kultuurilooline_kollektsioon, lk 22
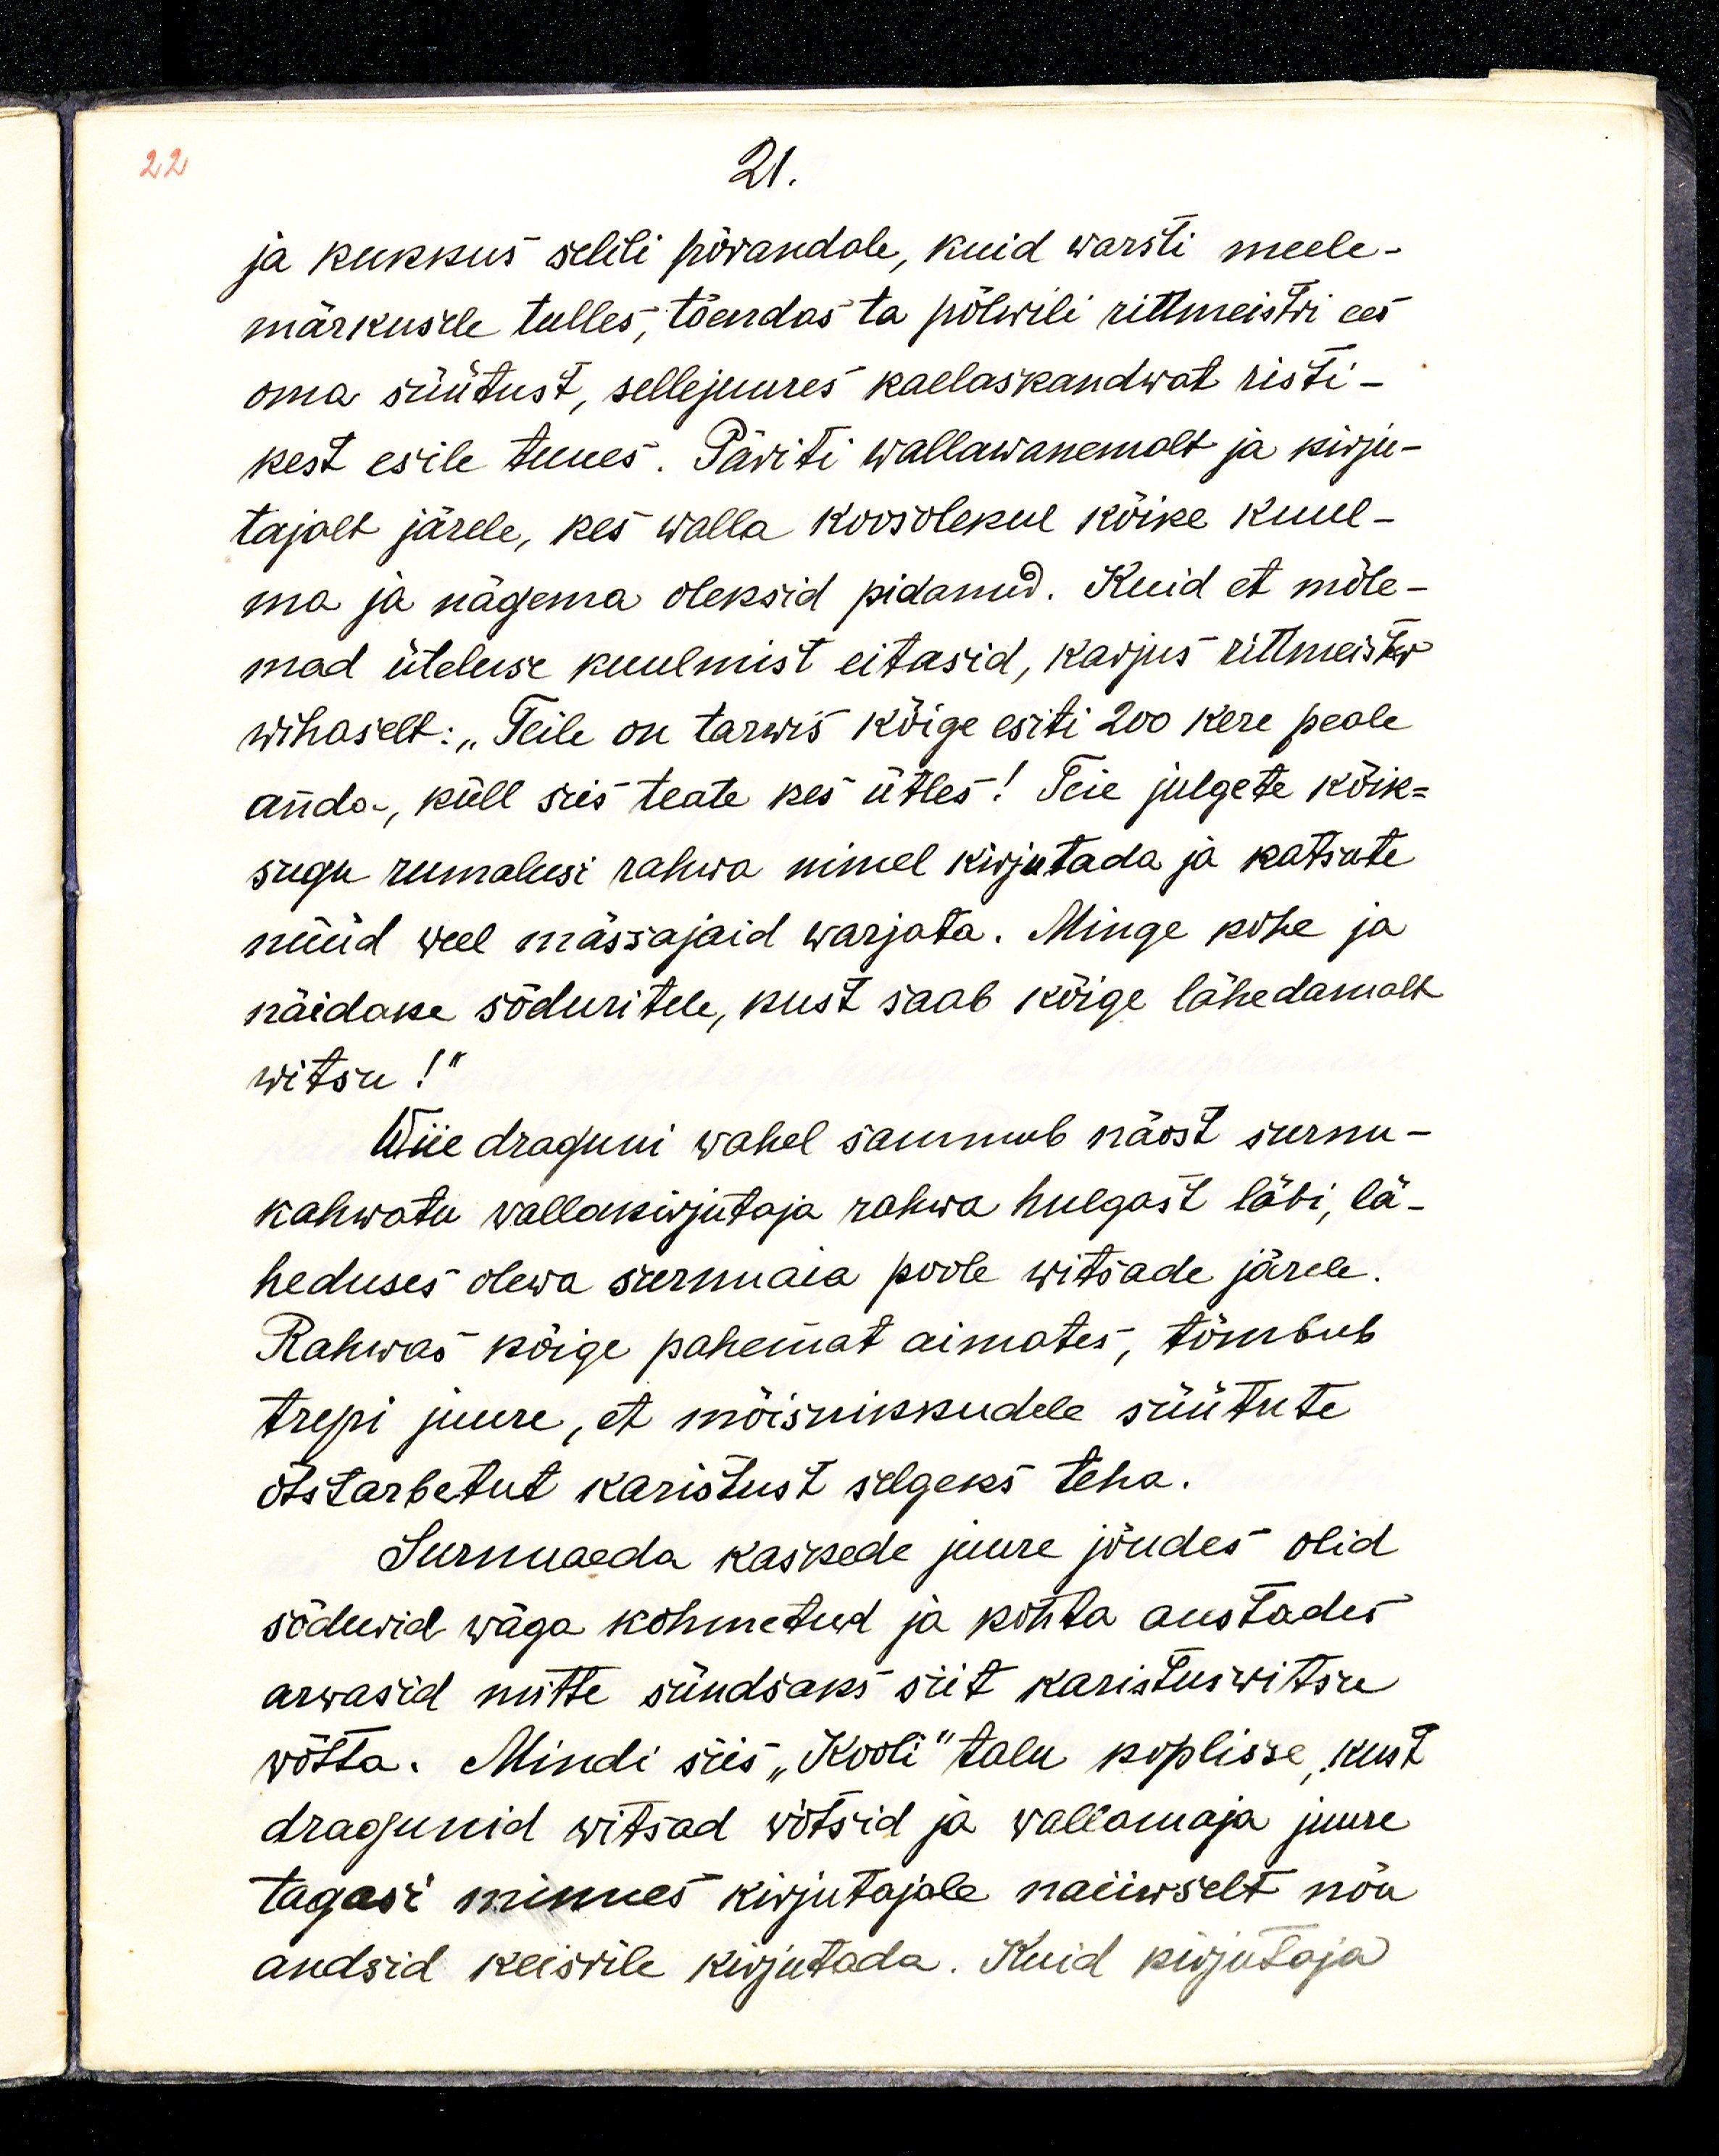
22

21.
ja kukkus selili põrandale, kuid warsti meele-
märkusele tulles, tõendas ta põlwili rittmeistri ees
oma süütust, sellejuures kaelaskandwat risti-
kest esile tuues. Päriti wallawanemalt ja kirju-
tajalt järele, kes walla koosolekul kõike kuul-
ma ja nägema oleksid pidanud. Kuid et mõle-
mad ütluse kuulmist eitasid, karjus rittmeister
wihaselt: „Teile on tarwis kõige esiti 200 kere peale
anda, küll siis teate kes ütles! Teie julgete kõik-
sugu rumalusi rahwa nimel kirjutada ja katsute
nüüd weel mässajaid warjata. Minge kohe ja 
näidake sõduritele, kust saab kõige lähemalt
witsu!“
Wiie draguni wahel sammub näost surnu-
kahwatu wallakirjutaja rahwa hulgast läbi, lä-
heduses olewa surnuaia poole witsade järele.
Rahwas kõige pahemat aimates, tõmbub
trepi juure, et mõisnikkudele süütute
otstarbetut karistust selgeks teha.
Surnuaeda kaskede juure jõudes olid
sõdurid wäga kohmetud ja kohta austades
arwasid mitte sündsaks siit karistuswitsu
wõtta. Mindi siis „Kooli“ talu koplisse, kust
dragunid witsad võtsid ja wallamaja juure
tagasi minnes kirjutajale naiiwselt nõu
andsid keisrile kirjutada. Kuid kirjutaja